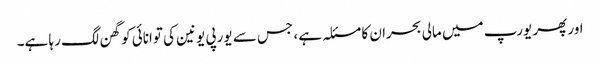
اور پھر یورپ میں مالی بحران کا مسئلہ ہے ، جس سے یورپی یونین کی توانائی کو گھن لگ رہا ہے۔